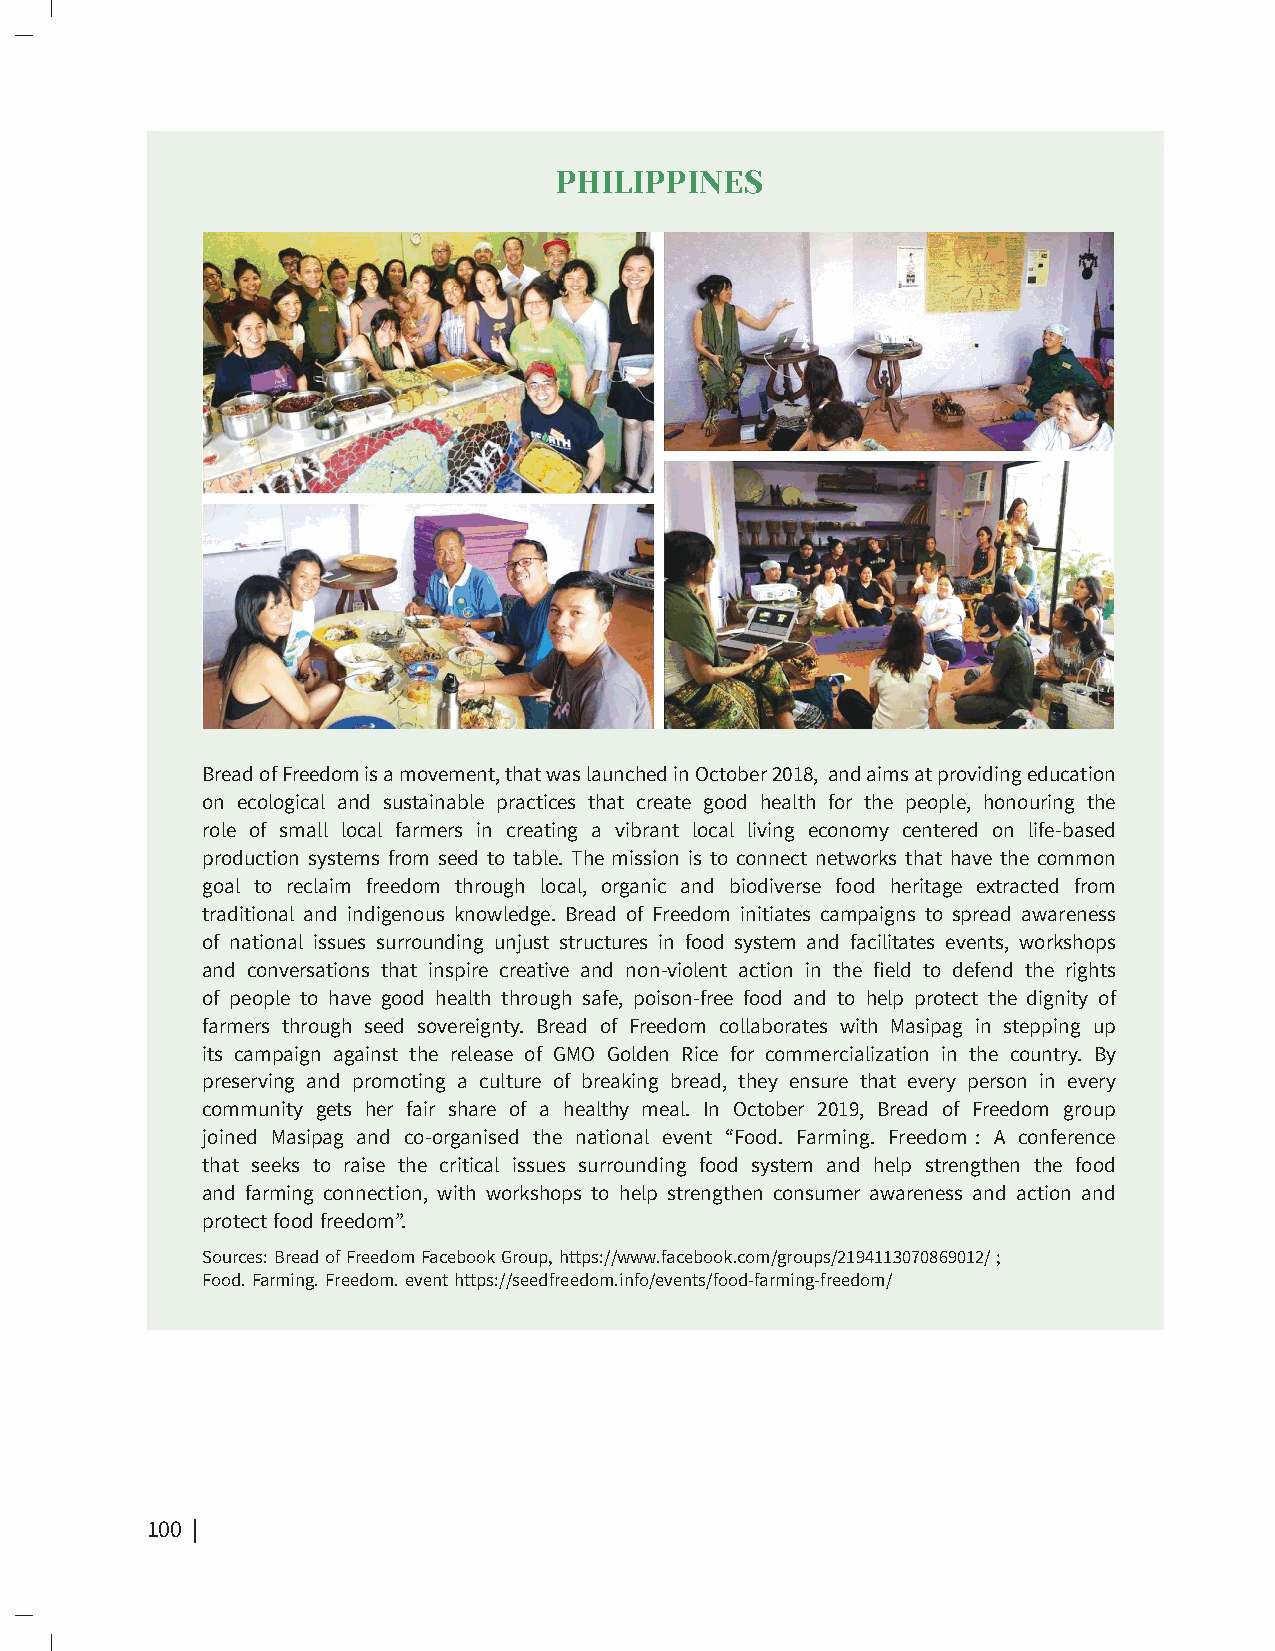
PHILIPPINES
 Bread of Freedom is a movement, that was launched in October 2018, and aims at providing education
 on ecological and sustainable practices that create good health for the people, honouring the
 role of small local farmers in creating a vibrant local living economy centered on life-based
 production systems from seed to table. The mission is to connect networks that have the common
 goal to reclaim freedom through local, organic and biodiverse food heritage extracted from
 traditional and indigenous knowledge. Bread of Freedom initiates campaigns to spread awareness
 of national issues surrounding unjust structures in food system and facilitates events, workshops
 and conversations that inspire creative and non-violent action in the field to defend the rights
 of people to have good health through safe, poison-free food and to help protect the dignity of
 farmers through seed sovereignty. Bread of Freedom collaborates with Masipag in stepping up
 its campaign against the release of GMO Golden Rice for commercialization in the country. By
 preserving and promoting a culture of breaking bread, they ensure that every person in every
 community gets her fair share of a healthy meal. In October 2019, Bread of Freedom group
 joined Masipag and co-organised the national event “Food. Farming. Freedom : A conference
 that seeks to raise the critical issues surrounding food system and help strengthen the food
 and farming connection, with workshops to help strengthen consumer awareness and action and
 protect food freedom”.
 Sources: Bread of Freedom Facebook Group, https://www.facebook.com/groups/2194113070869012/ ;
 Food. Farming. Freedom. event https://seedfreedom.info/events/food-farming-freedom/
 100 | The Future of Our Daily Bread